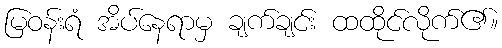
မြဝန်းရံ အိပ်နေရာမှ ချက်ချင်း ထထိုင်လိုက်၏။